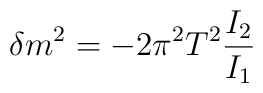
\delta m^2 = - 2\pi^2 T^2 \frac{I_2}{I_1}